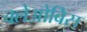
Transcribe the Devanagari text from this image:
क्लेओबिस